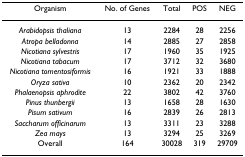
| Organism | No. of Genes | Total | POS | NEG |
 | --- | --- | --- | --- | --- |
 | Arabidopsis thaliana | 13 | 2284 | 28 | 2256 |
 | Atropa belladonna | 14 | 2885 | 27 | 2858 |
 | Nicotiana sylvestris | 17 | 1960 | 35 | 1925 |
 | Nicotiana tabacum | 17 | 3712 | 32 | 3680 |
 | Nicotiana tomentosiformis | 16 | 1921 | 33 | 1888 |
 | Oryza sativa | 10 | 2362 | 20 | 2342 |
 | Phalaenopsis aphrodite | 22 | 3802 | 42 | 3760 |
 | Pinus thunbergii | 13 | 1658 | 28 | 1630 |
 | Pisum sativum | 16 | 2839 | 26 | 2813 |
 | Saccharum officinarum | 13 | 3311 | 23 | 3288 |
 | Zea mays | 13 | 3294 | 25 | 3269 |
 | Overall | 164 | 30028 | 319 | 29709 |